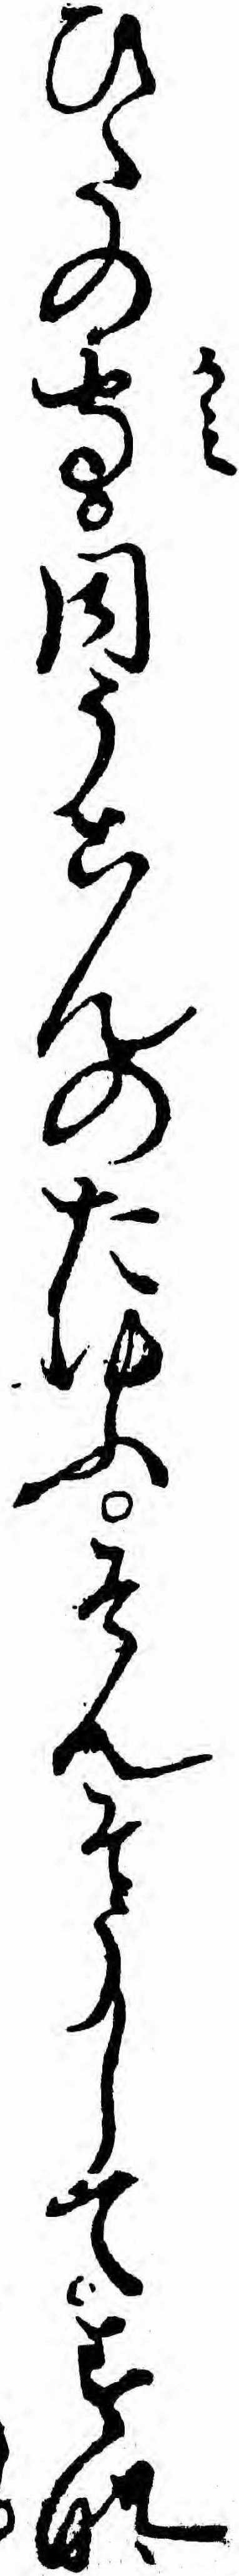
ひたの守同うこんのたいふそんそうしてすな